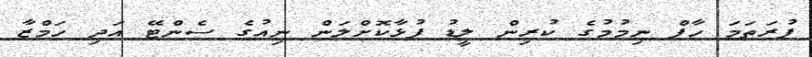
ފުރަތަމަ ހާފް ނިމުމުގެ ކުރިން ލީޑު ފުޅާކޮށްލަން ނިއުގެ ސެންޓޭ އަދި ހަމްޒާ